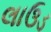
લાઉડ